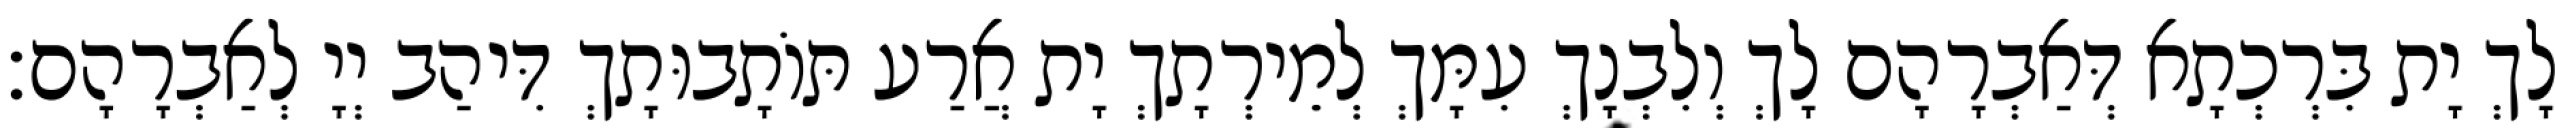
לָךְ יָת בִּרְכְתָא דְּאַבְרָהָם לָךְ וְלִבְנָךְ עִמָּךְ לְמֵירְתָךְ יָת אֲרַע תּוֹתָבוּתָךְ דִּיהַב יְיָ לְאַבְרָהָם׃